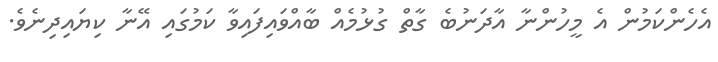
އެހެންކަމުން އެ މީހުންނާ އާދަނުބެ ގާތް ގުޅުމެއް ބާއްވައިފައިވާ ކަމުގައި އޭނާ ކިޔައިދިނެވެ.